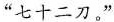
”七十二刀。”